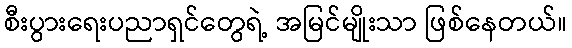
စီးပွားရေးပညာရှင်တွေရဲ့ အမြင်မျိုးသာ ဖြစ်နေတယ်။